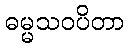
ဓမ္မသဝပိတာ